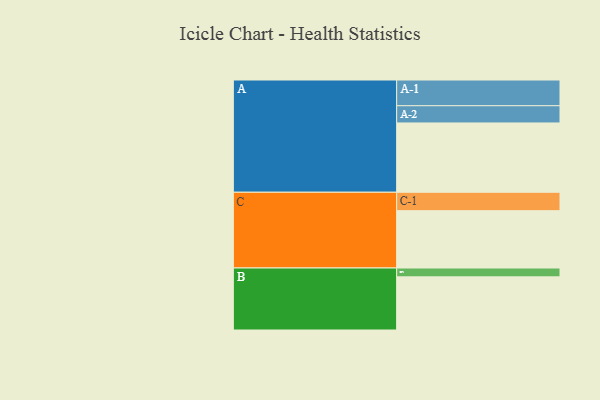
{"axis": {"x": "Segment", "y": "Value"}, "legend": ["", "A", "B", "C"], "data": [{"x": "A", "y": 579, "type": ""}, {"x": "B", "y": 444, "type": ""}, {"x": "C", "y": 479, "type": ""}, {"x": "A-1", "y": 215, "type": "A"}, {"x": "A-2", "y": 144, "type": "A"}, {"x": "B-1", "y": 74, "type": "B"}, {"x": "C-1", "y": 154, "type": "C"}]}